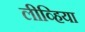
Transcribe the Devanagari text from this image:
लीव्हिया